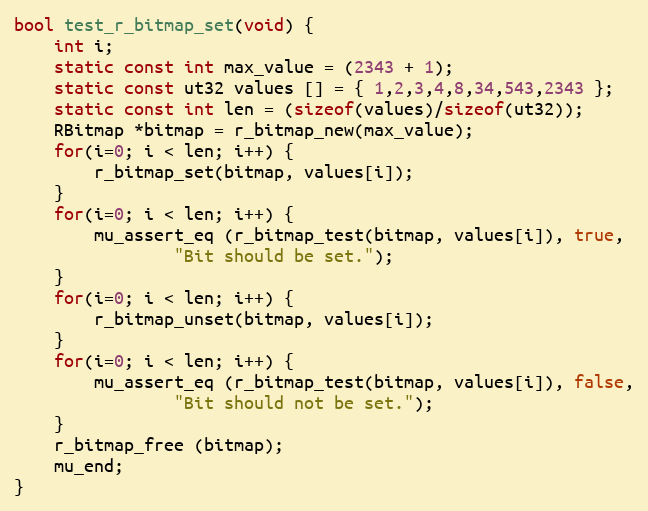
Language: C
bool test_r_bitmap_set(void) {
	int i;
	static const int max_value = (2343 + 1);
	static const ut32 values [] = { 1,2,3,4,8,34,543,2343 };
	static const int len = (sizeof(values)/sizeof(ut32));
	RBitmap *bitmap = r_bitmap_new(max_value);
	for(i=0; i < len; i++) {
		r_bitmap_set(bitmap, values[i]);
	}
	for(i=0; i < len; i++) {
		mu_assert_eq (r_bitmap_test(bitmap, values[i]), true,
				"Bit should be set.");
	}
	for(i=0; i < len; i++) {
		r_bitmap_unset(bitmap, values[i]);
	}
	for(i=0; i < len; i++) {
		mu_assert_eq (r_bitmap_test(bitmap, values[i]), false,
				"Bit should not be set.");
	}
	r_bitmap_free (bitmap);
	mu_end;
}